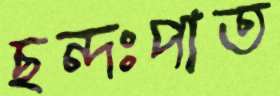
ছন্দঃপাত